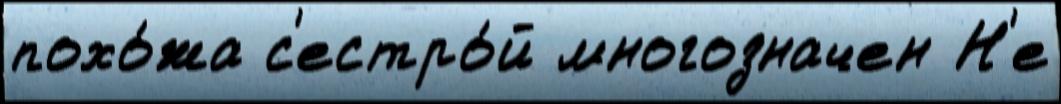
похо́жа с'естро́й многозначен Н'е